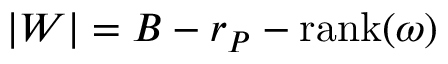
| W | = B - r _ { P } - \mathrm { r a n k } ( \omega )